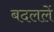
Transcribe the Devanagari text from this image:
बदललें